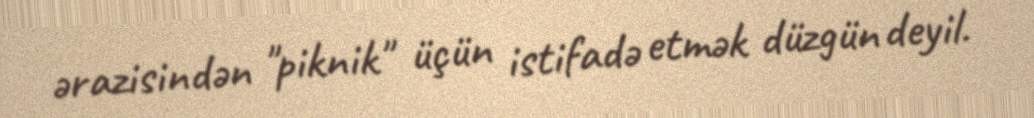
ərazisindən "piknik" üçün istifadə etmək düzgün deyil.